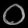
Digit: ၀